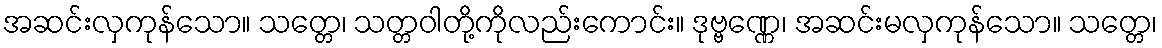
အဆင်းလှကုန်သော။ သတ္တေ၊ သတ္တဝါတို့ကိုလည်းကောင်း။ ဒုဗ္ဗဏ္ဏေ၊ အဆင်းမလှကုန်သော။ သတ္တေ၊